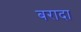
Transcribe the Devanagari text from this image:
बरादा